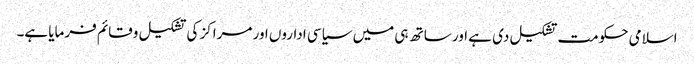
اسلامی حکومت تشکیل دی ہے اور ساتھ ہی میں سیاسی اداروں اور مراکز کی تشکیل وقائم فرمایا ہے۔